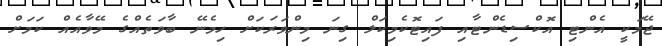
ޖޭމަކީ އެންޓި އޮކްސިޑެންޓާއި ފައިޓޮކެމިކަލް ގިނަ މިންވަރަކަށް ހިމެނޭ ބާވަތެއްގެ މޭވާއެއް ކަމަށް